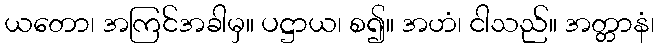
ယတော၊ အကြင်အခါမှ။ ပဋ္ဌာယ၊ စ၍။ အဟံ၊ ငါသည်။ အတ္တာနံ၊